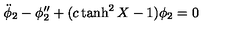
{ \ddot { \phi } } _ { 2 } - \phi _ { 2 } ^ { \prime \prime } + ( c \tanh ^ { 2 } X - 1 ) \phi _ { 2 } = 0